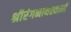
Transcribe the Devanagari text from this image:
श्रीरंगनाथस्वामी